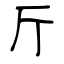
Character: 斤